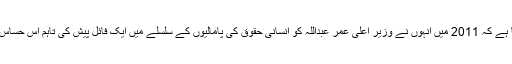
حقوق البشر کیلئے سرگرم عمل اس حوالے سے کہا ہے کہ 2011 میں انہوں نے وزیر اعلیٰ عمر عبداللہ کو انسانی حقوق کی پامالیوں کے سلسلے میں ایک فائل پیش کی تاہم اس حساس معاملے پر کوئی سنجیدگی کا مظاہرہ نہیں کیا گیا۔